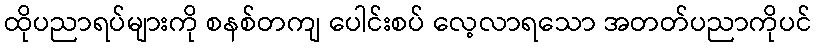
ထိုပညာရပ်များကို စနစ်တကျ ပေါင်းစပ် လေ့လာရသော အတတ်ပညာကိုပင်